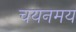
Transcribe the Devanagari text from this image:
चयनमय